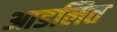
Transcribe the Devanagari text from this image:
आडलित